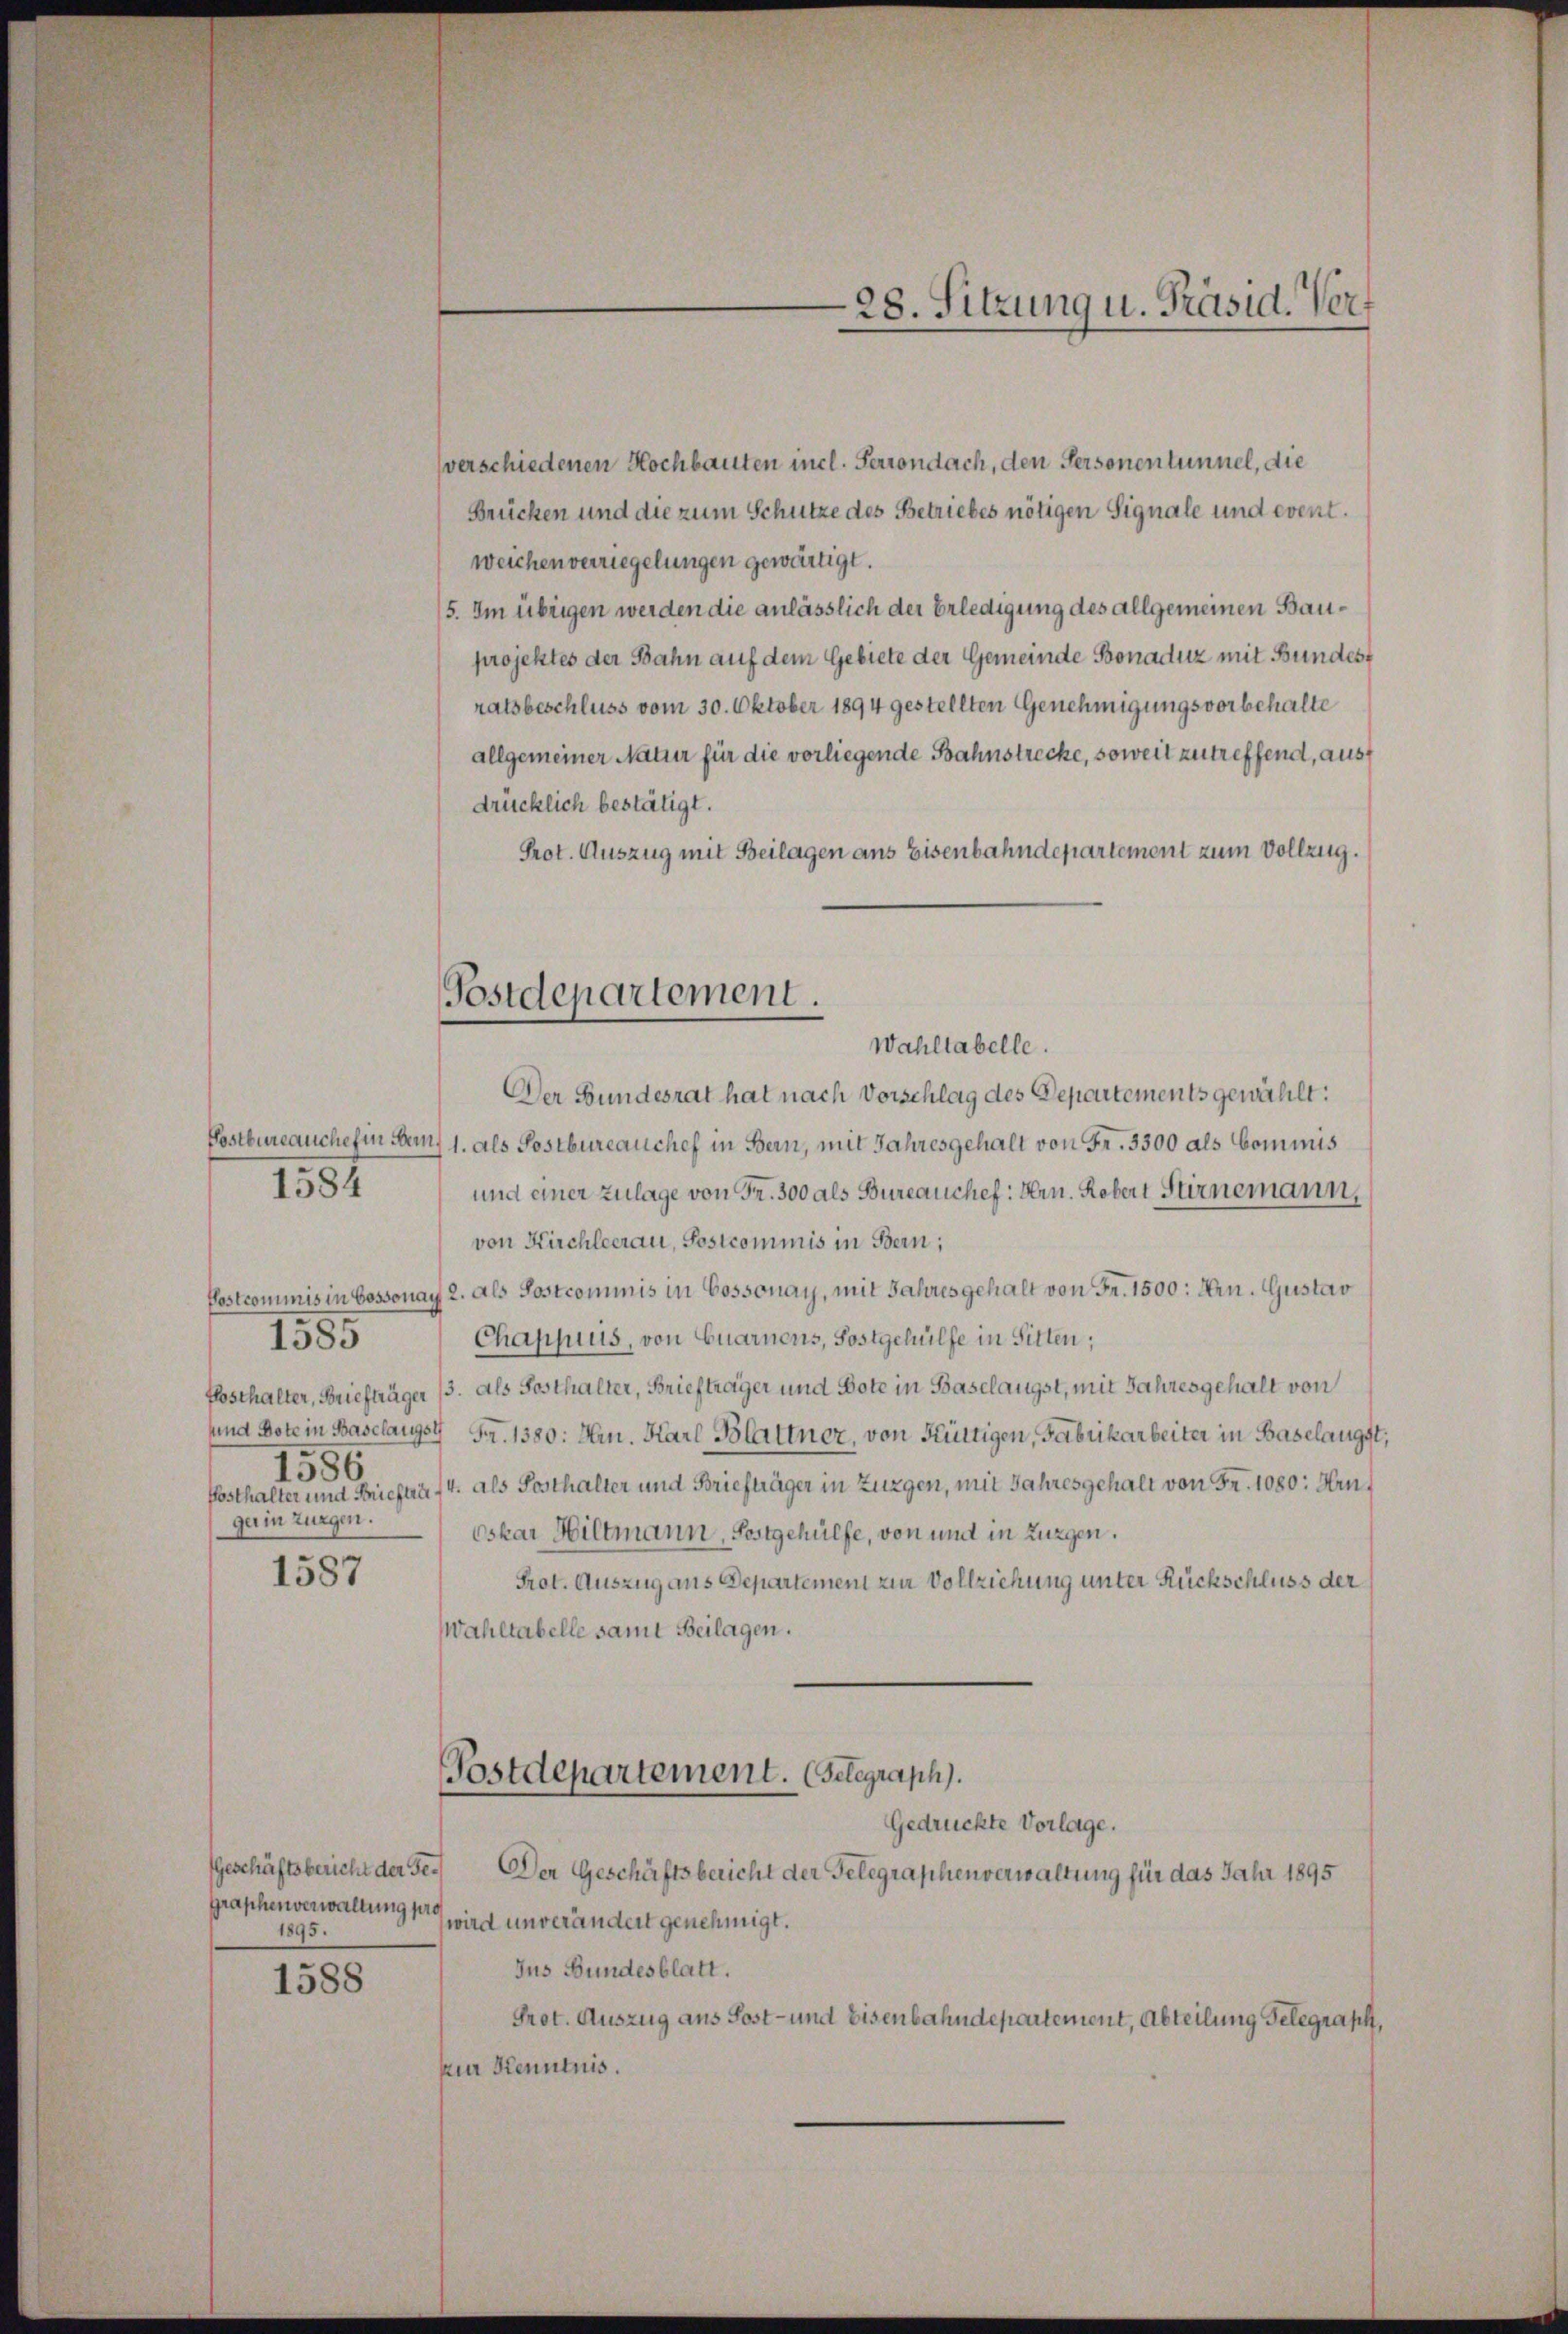
1584

verschiedenen Hochbauten incl. Perrondach, den Personentunnel, die
Brücken und die zum Schütze des Betriebes nötigen Signale und event.
weichen verriegelungen gewärtigt.
5. Im übrigen werden die anlässlich der Erledigung des allgemeinen Bauprojektes der Bahn auf dem Gebiete der Gemeinde Bonaduz mit Bundes
ratsbeschluss vom 30. Oktober 1894 gestellten Genehmigungsvorbehalte
allgemeiner Natur für die vorliegende Bahnstrecke, soweit zutreffend, ausf
drücklich bestätigt.
Prot. Auszug mit Beilagen ans Eisenbahndepartement zum Vollzug.
Der Bundesrat hat nach Vorschlag des Departements gewählt:
Postbureauches in dem 1. als Postbureauches in Bern, mit Jahresgehalt von Fr. 3300 als Commis
und einer Zulage von Fr. 300 als Bureauchef. Hrn. Robert Stirnemann,
von Kirchleerau, Postcommis in Bern;
Postcommis in Cossonay 2. als Postcommis in Cossonay, mit Jahres gehalt von Fr. 1500: Hrn. Gustav
Chappuis, von Quarnens, Sostgehülfe in Sitten;
1585
flosthalter, Briefträger 3. als Sosthalter, Briefträger und Bote in Baselangst, mit Jahresgehalt von
und Bote in Baselangs S. 1380: Hr. Karl Blattner, von Hüttigen, Fabrikarbeiter in Baselangst
1586
Posthalter und Brieften 14. als Posthalter und Briefträger in Zungen, mit Jahresgehalt von Fr. 1080: Hrn
gerin zurgen.
Oskar Hiltmann, Postgehülfe, von und in Zungen.
1587
Prot. Auszug aus Departement zur Vollziehung unter Rückschluss der
Wahltabelle samt Beilagen.
Postdepartement. Gelegraph.
Gedrückte Vorlage.
Geschäftsbericht der Ge¬
Der Geschäftsbericht der Gelegraphenverwaltung für das Jahr 1895
Graphenverwaltung pros
wird unverändert genehmigt.
1895.
Jus Bundesblatt.
1588
Prot. Auszug aus Sost- und Eisenbahndepartement, Abteilung Gelegraph,
zur Kenntnis.

Postdepartement.
Wahltabelle.

28. Sitzung u. Präsid. Vorf